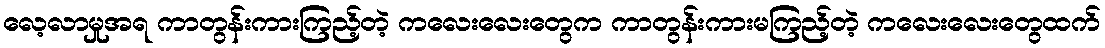
လေ့လာမှုအရ ကာတွန်းကားကြည့်တဲ့ ကလေးလေးတွေက ကာတွန်းကားမကြည့်တဲ့ ကလေးလေးတွေထက်